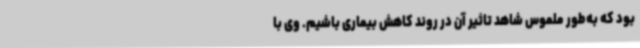
بود که به‌طور ملموس شاهد تاثیر آن در روند کاهش بیماری باشیم. وی با